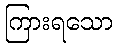
ကြားရသော